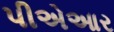
પીએઆર